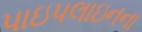
પાઇપલાઇનના